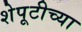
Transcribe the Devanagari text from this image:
शेपूटीच्या